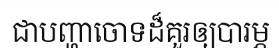
ជាបញ្ហាចោទដ៏គួរឲ្យបារម្ភ